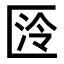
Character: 𭅛